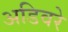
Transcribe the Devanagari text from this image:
अडिवरे